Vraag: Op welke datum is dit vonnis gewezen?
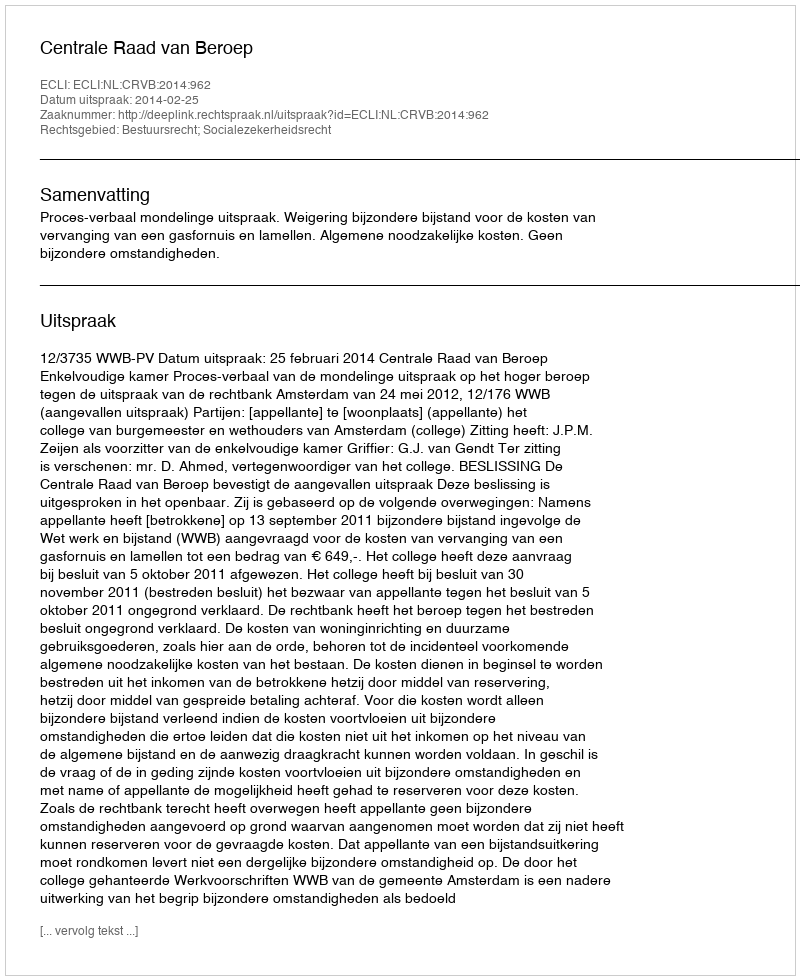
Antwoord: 2014-02-25